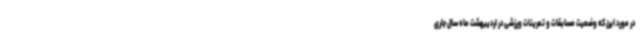
در مورد این که وضعیت مسابقات و تمرینات ورزشی در اردیبهشت ماه سال جاری